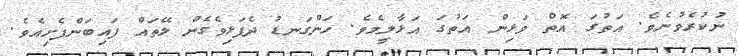
ނުކުރެވުނެވެ. އަތުގަ އޮތް ވަޅިން އަތުގަ އަޅާލީމެވެ. ހަންގަނޑު ދެފަޅިވެގެން ލޭތައް ފައިބަންފެށިއެވެ.